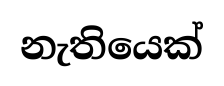
නැතියෙක්